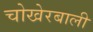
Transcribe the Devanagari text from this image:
चोखेरबाली